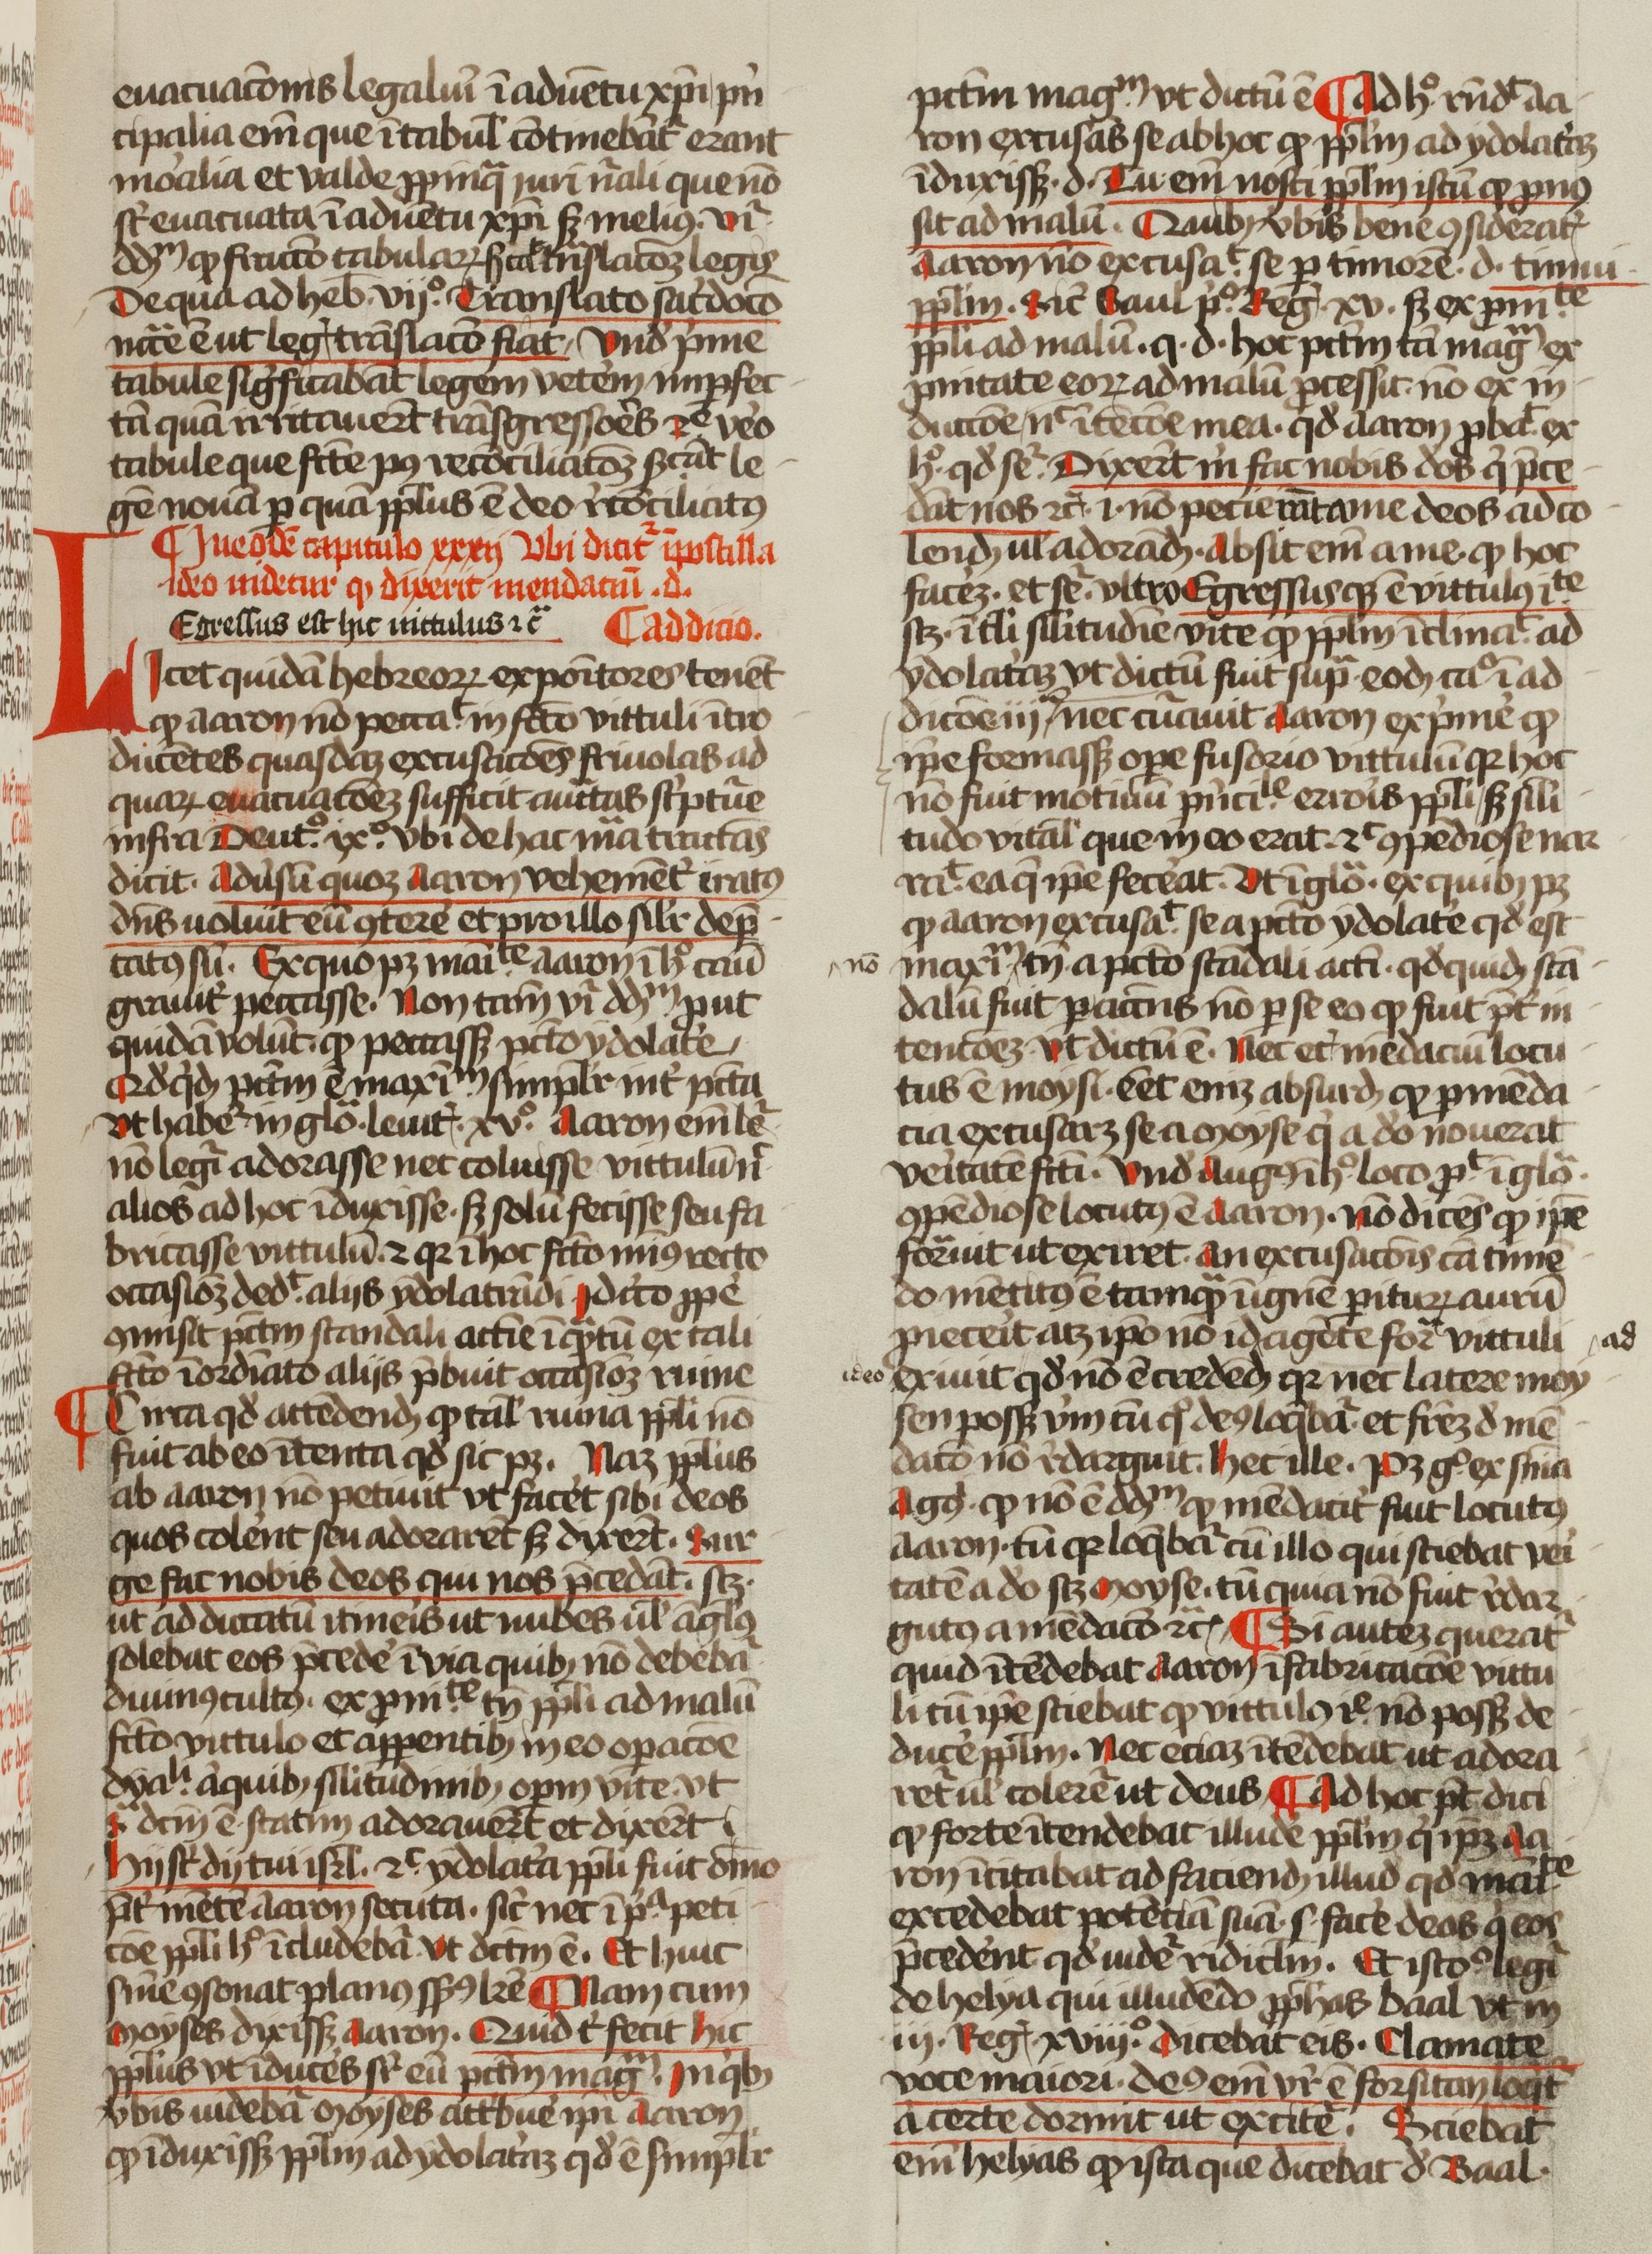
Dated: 1400–1499